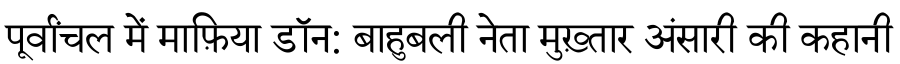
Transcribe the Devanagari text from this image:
पूर्वांचल में माफ़िया डॉन: बाहुबली नेता मुख़्तार अंसारी की कहानी